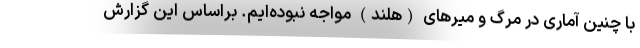
با چنین آماری در مرگ و میرهای (هلند) مواجه نبوده‌ایم. براساس این گزارش